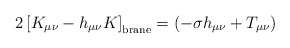
\begin{align*}2 \left[ K_{\mu\nu} - h_{\mu\nu} K \right]_{\rm{brane}} = \left( - \sigma h_{\mu\nu} + T_{\mu\nu} \right)\end{align*}